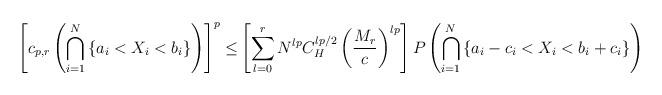
LaTeX: \begin{align*}\begin{aligned}\left[c_{p,r}\left(\bigcap_{i=1}^{N}\left\{ a_{i}<X_{i}<b_{i}\right\} \right)\right]^{p}\leq & \left[\sum_{l=0}^{r}N^{lp}C_{H}^{lp/2}\left(\frac{M_{r}}{c}\right)^{lp}\right]P\left(\bigcap_{i=1}^{N}\left\{ a_{i}-c_{i}<X_{i}<b_{i}+c_{i}\right\} \right)\end{aligned}\end{align*}